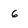
Character: 6